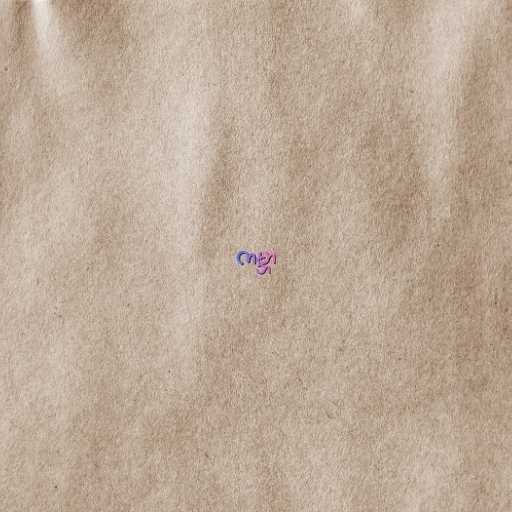
ကမ္ဘာ